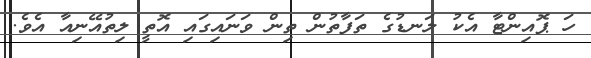
ހަ ޕޮއިންޓާ އެކު ލަނޑުގެ ތަފާތުން ތިން ވަނައިގައި އޮތީ ލިތުއޭނިއާ އެވެ.